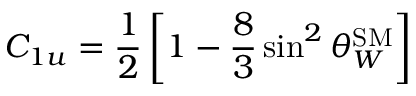
C _ { 1 u } = \frac { 1 } { 2 } \left[ 1 - \frac { 8 } { 3 } \sin ^ { 2 } \theta _ { W } ^ { \mathrm { S M } } \right]